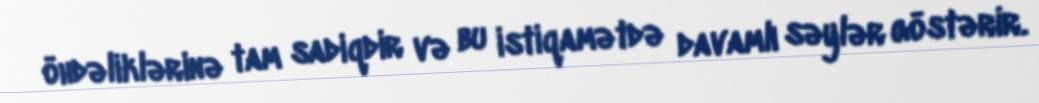
öhdəliklərinə tam sadiqdir və bu istiqamətdə davamlı səylər göstərir.